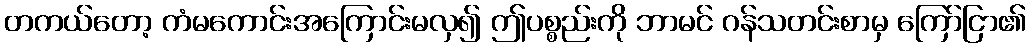
တကယ်တော့ ကံမကောင်းအကြောင်းမလှ၍ ဤပစ္စည်းကို ဘာမင် ဂန်သတင်းစာမှ ကြော်ငြာ၏